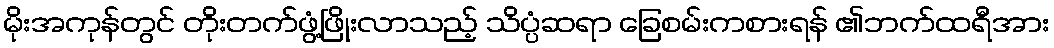
မိုးအကုန်တွင် တိုးတက်ဖွံ့ဖြိုးလာသည့် သိပ္ပံဆရာ ခြေစမ်းကစားရန် ၏ဘက်ထရီအား